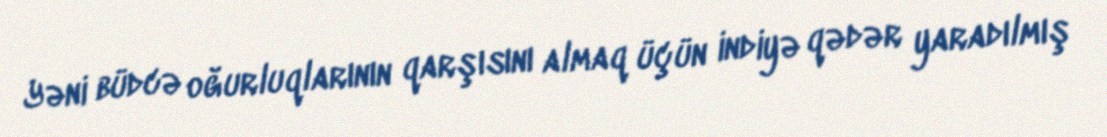
Yəni büdcə oğurluqlarının qarşısını almaq üçün indiyə qədər yaradılmış